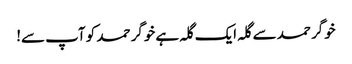
خوگر حمد سے گلہ ایک گلہ ہے خوگر حمد کو آپ سے!